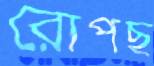
রোপছ